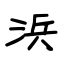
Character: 浜